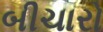
બીચારો